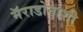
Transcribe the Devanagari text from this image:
मॅराडोनाशी